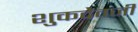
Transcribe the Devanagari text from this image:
शुकदेवजी